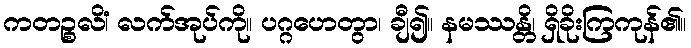
ကတဉ္စလိံ၊ လက်အုပ်ကို။ ပဂ္ဂဟေတွာ၊ ချီ၍။ နမဿန္တိ၊ ရှိခိုးကြကုန်၏။